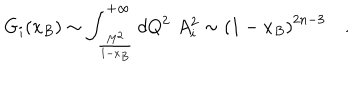
G _ { i } ( x _ { B } ) \sim \int _ { \frac { M ^ { 2 } } { 1 - x _ { B } } } ^ { + \infty } d Q ^ { 2 } \, \, A _ { i } ^ { 2 } \sim \left( 1 - x _ { B } \right) ^ { 2 n - 3 } \quad .